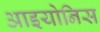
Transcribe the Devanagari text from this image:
आइयोनिस